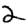
Digit: 2